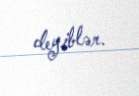
deyiblər.